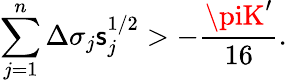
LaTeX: \sum_{j=1}^{n}\Delta\sigma_{j}\mathsf{s}_{j}^{1/2}>-\frac{{\piK^{\prime}}}{{16}}.